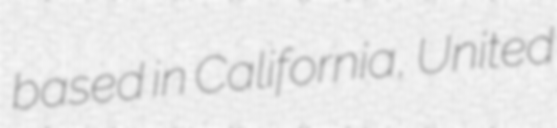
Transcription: based in California, United